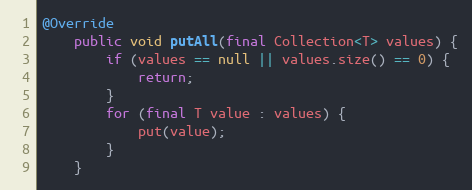
Language: Java
@Override
    public void putAll(final Collection<T> values) {
        if (values == null || values.size() == 0) {
            return;
        }
        for (final T value : values) {
            put(value);
        }
    }